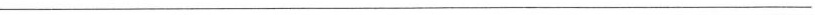
——————